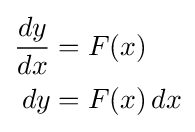
{\begin{aligned}{\frac {dy}{dx}}&=F(x)\\dy&=F(x)\,dx\end{aligned}}